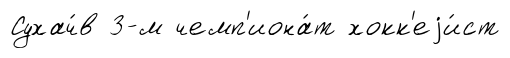
Сухач́в 3-м чемп'иона́т хокк'еjи́ст